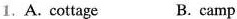
A. cottage B. camp